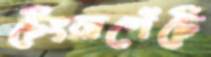
টেংরাগেঁটে